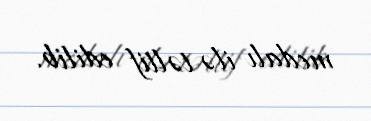
medalı ilə təltif edilib.